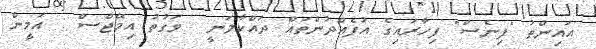
އައިންތު "ފިނެސް" ފިހާރައިގެ އުފެއްދުންތައް ދައްކާލަނީ  ވަގުތު އިމޭޖްސް : އަމީން